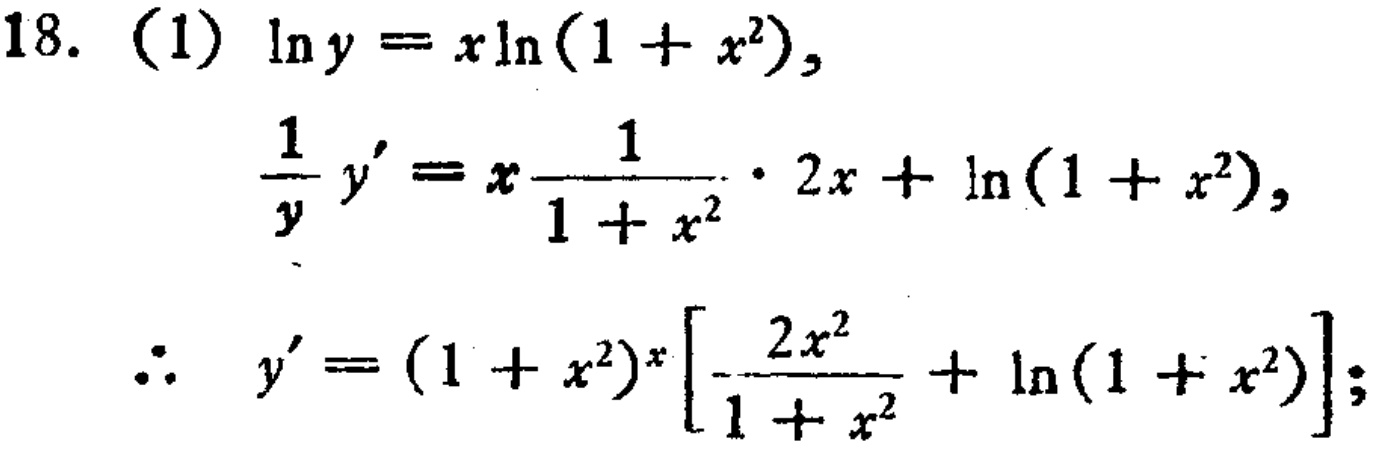
18. (1) \(\ln y = x\ln(1 + x^{2})\),
\(\frac{1}{y}y' = x\frac{1}{1 + x^{2}}\cdot 2x+\ln(1 + x^{2})\),
\(\therefore y'=(1 + x^{2})^{x}\left[\frac{2x^{2}}{1 + x^{2}}+\ln(1 + x^{2})\right];\)